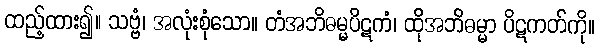
ထည့်ထား၍။ သဗ္ဗံ၊ အလုံးစုံသော။ တံအဘိဓမ္မပိဋကံ၊ ထိုအဘိဓမ္မာ ပိဋကတ်ကို။